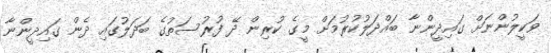
ވަކީލުންނަށް ގައިދީންނާ ބައްދަލުކުރުމަށް މީގެ ކުރިން ދޭ ފުރުސަތުގެ ބަދަލުގައި ދެން ގައިދީންނާ